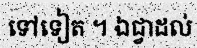
ទៅទៀត ។ ឯជ្វាដល់